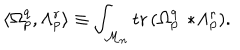
\langle \Omega _ { p } ^ { q } , \Lambda _ { p } ^ { r } \rangle \equiv \int _ { { \cal M } _ { n } } \mathrm { t r } \, ( \Omega _ { p } ^ { q } \, * \! \Lambda _ { p } ^ { r } ) .